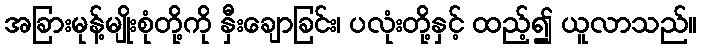
အခြားမုန့်မျိုးစုံတို့ကို နှီးချောခြင်း၊ ပလုံးတို့နှင့် ထည့်၍ ယူလာသည်။